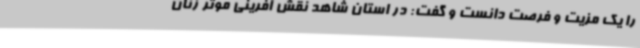
را یک مزیت و فرصت دانست و گفت: در استان شاهد نقش آفرینی موثر زنان